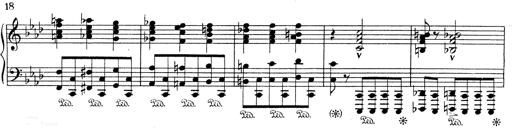
Title: Weinen, Klagen, Sorgen, Zagen
Composer: Franz Liszt